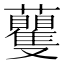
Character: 𧅚